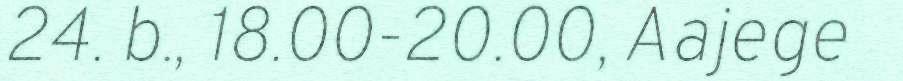
24. b., 18.00-20.00, Aajege